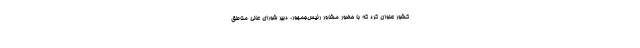
کشور عنوان کرد که با حضور مشاور رئیس‌جمهور، دبیر شورای عالی مناطق